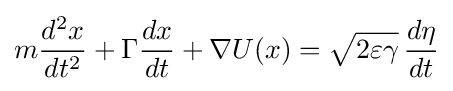
m{\frac {d^{2}x}{dt^{2}}}+\Gamma {\frac {dx}{dt}}+\nabla U(x)={\sqrt {2\varepsilon \gamma }}\,{\frac {d\eta }{dt}}